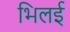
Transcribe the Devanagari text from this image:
भिलई